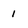
Character: 1